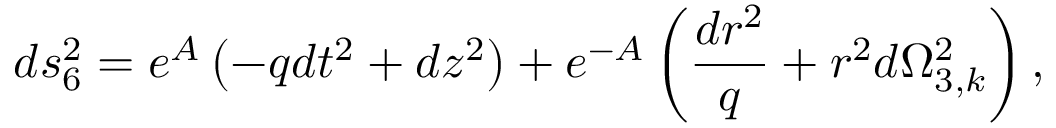
d s _ { 6 } ^ { 2 } = e ^ { A } \left( - q d t ^ { 2 } + d z ^ { 2 } \right) + e ^ { - A } \left( \frac { d r ^ { 2 } } { q } + r ^ { 2 } d \Omega _ { 3 , k } ^ { 2 } \right) ,